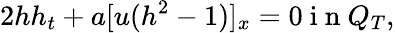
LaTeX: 2hh_{t}+a[u(h^{2}-1)]_{x}=0\mathrm{~i~n~}Q_{T},